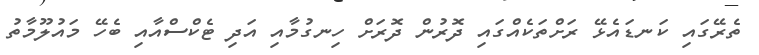
ތެރޭގައި ކަނޑައެޅޭ ރަށްތަކެއްގައި ދޮރުން ދޮރަށް ހިނގުމާއި އަދި ޓެކްސްއާއި ބެހޭ މައުލޫމާތު